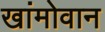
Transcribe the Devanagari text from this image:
खांमोवान